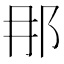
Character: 𨙻